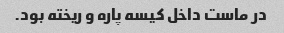
در ماست داخل کیسه پاره و ریخته بود.